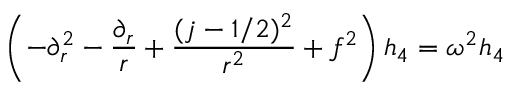
\left( - \partial _ { r } ^ { 2 } - { \frac { \partial _ { r } } { r } } + { \frac { ( j - 1 / 2 ) ^ { 2 } } { r ^ { 2 } } } + f ^ { 2 } \right) h _ { 4 } = \omega ^ { 2 } h _ { 4 }